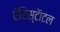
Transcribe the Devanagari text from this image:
एॅरिस्टॅाटल